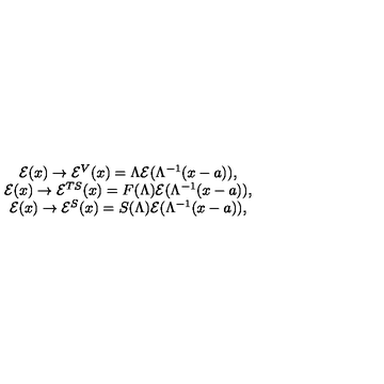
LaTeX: \begin{array} { c } { \mathcal { E } ( x ) \rightarrow \mathcal { E } ^ { V } ( x ) = \Lambda \mathcal { E } ( \Lambda ^ { - 1 } ( x - a ) ) , } \\ { \mathcal { E } ( x ) \rightarrow \mathcal { E } ^ { T S } ( x ) = F ( \Lambda ) \mathcal { E } ( \Lambda ^ { - 1 } ( x - a ) ) , } \\ { \mathcal { E } ( x ) \rightarrow \mathcal { E } ^ { S } ( x ) = S ( \Lambda ) \mathcal { E } ( \Lambda ^ { - 1 } ( x - a ) ) , } \\ \end{array}